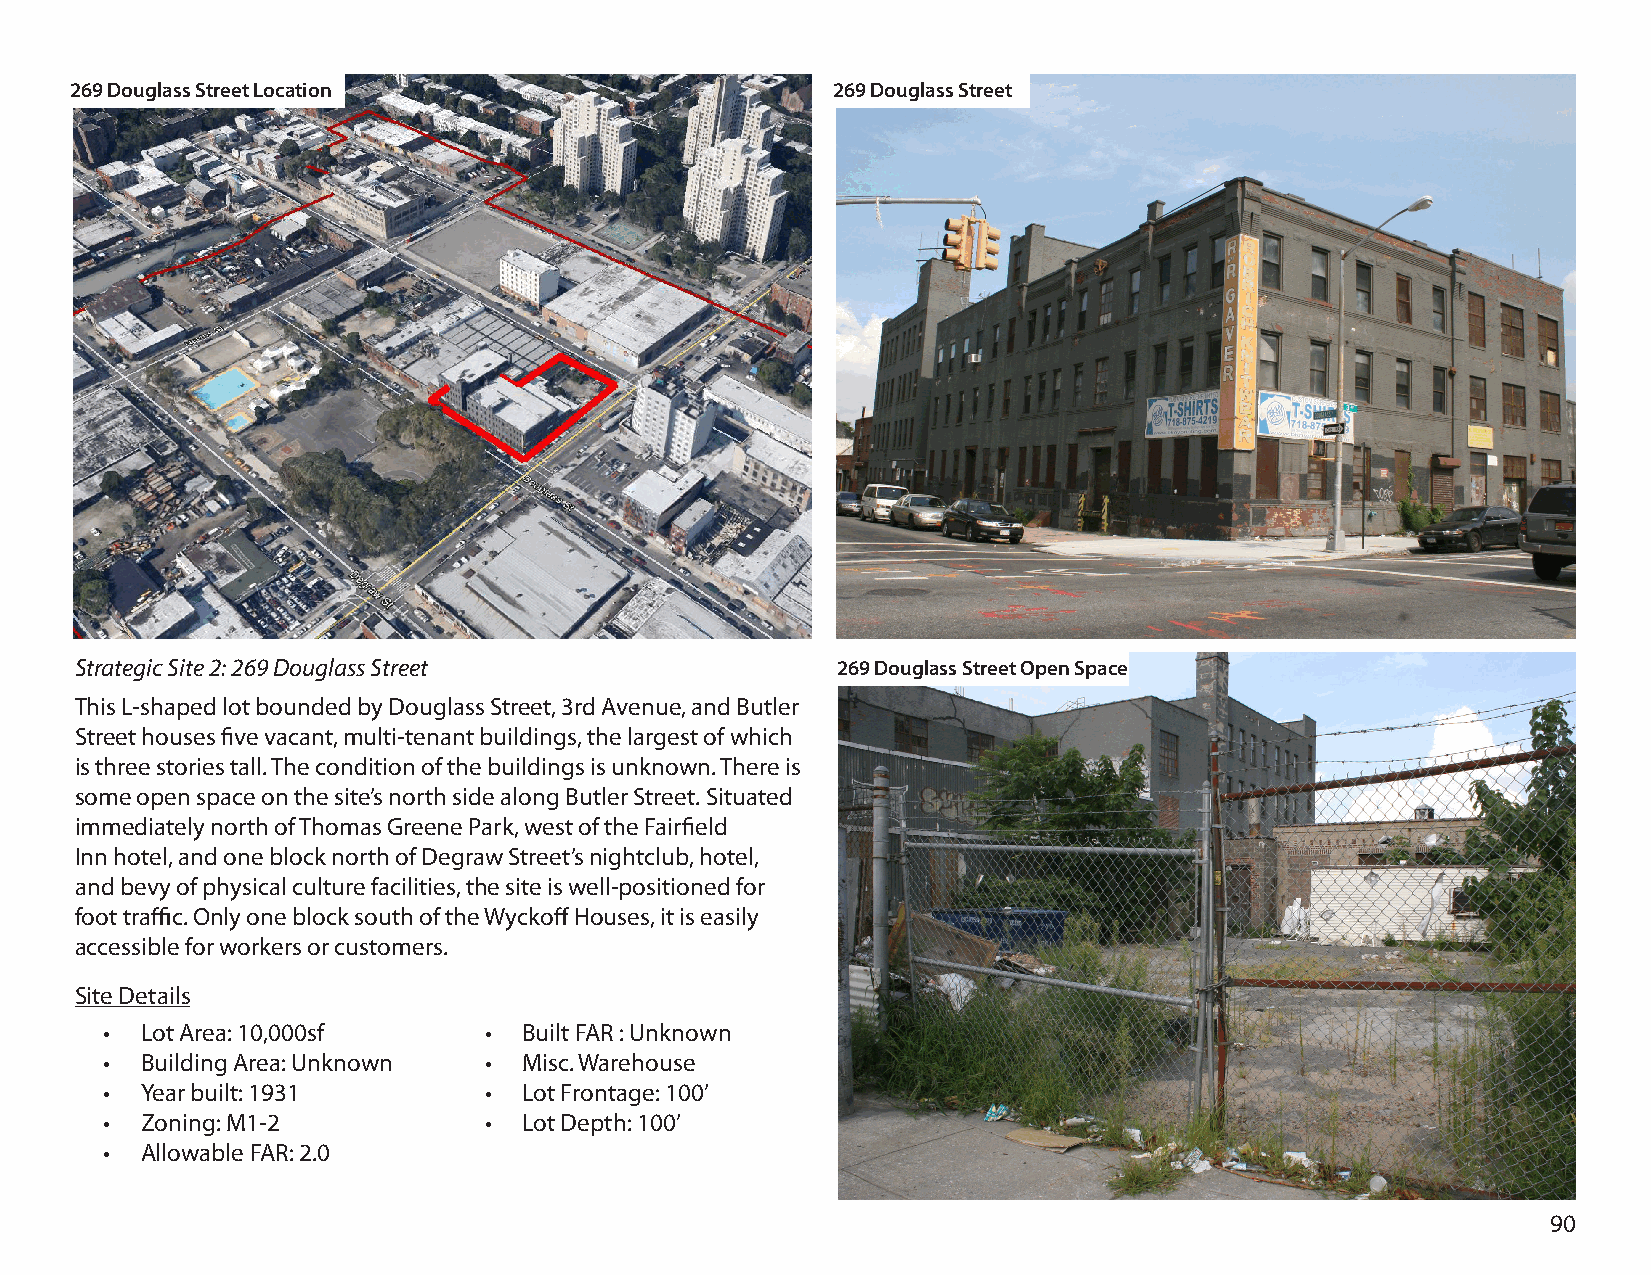
269 Douglass Street Location                      269 Douglass Street
 Strategic Site 2: 269 Douglass Street             269 Douglass Street Open Space
 This L-shaped lot bounded by Douglass Street, 3rd Avenue, and Butler
 Street houses five vacant, multi-tenant buildings, the largest of which
 is three stories tall. The condition of the buildings is unknown. There is
 some open space on the site’s north side along Butler Street. Situated
 immediately north of Thomas Greene Park, west of the Fairfield
 Inn hotel, and one block north of Degraw Street’s nightclub, hotel,
 and bevy of physical culture facilities, the site is well-positioned for
 foot traffic. Only one block south of the Wyckoff Houses, it is easily
 accessible for workers or customers.
 Site Details
 • Lot Area: 10,000sf     •  Built FAR : Unknown
 • Building Area: Unknown •  Misc. Warehouse
 • Year built: 1931       •  Lot Frontage: 100’
 • Zoning: M1-2           •  Lot Depth: 100’
 • Allowable FAR: 2.0
 90